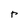
Character: r